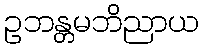
ဥဘန္တမဘိညာယ